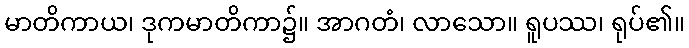
မာတိကာယ၊ ဒုကမာတိကာ၌။ အာဂတံ၊ လာသော။ ရူပဿ၊ ရုပ်၏။